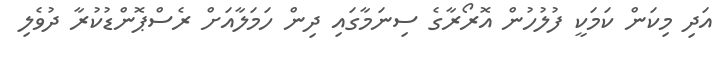
އަދި މިކަން ކަމަކީ ފުލުހުން އޮރޯރާގެ ސިނަމާގައި ދިން ހަމަލާއަށް ރެސްޕޮންޑުކުރާ ދުވެލި